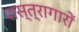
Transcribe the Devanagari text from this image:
शस्त्रागारों